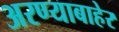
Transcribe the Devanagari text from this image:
अरण्याबाहेर